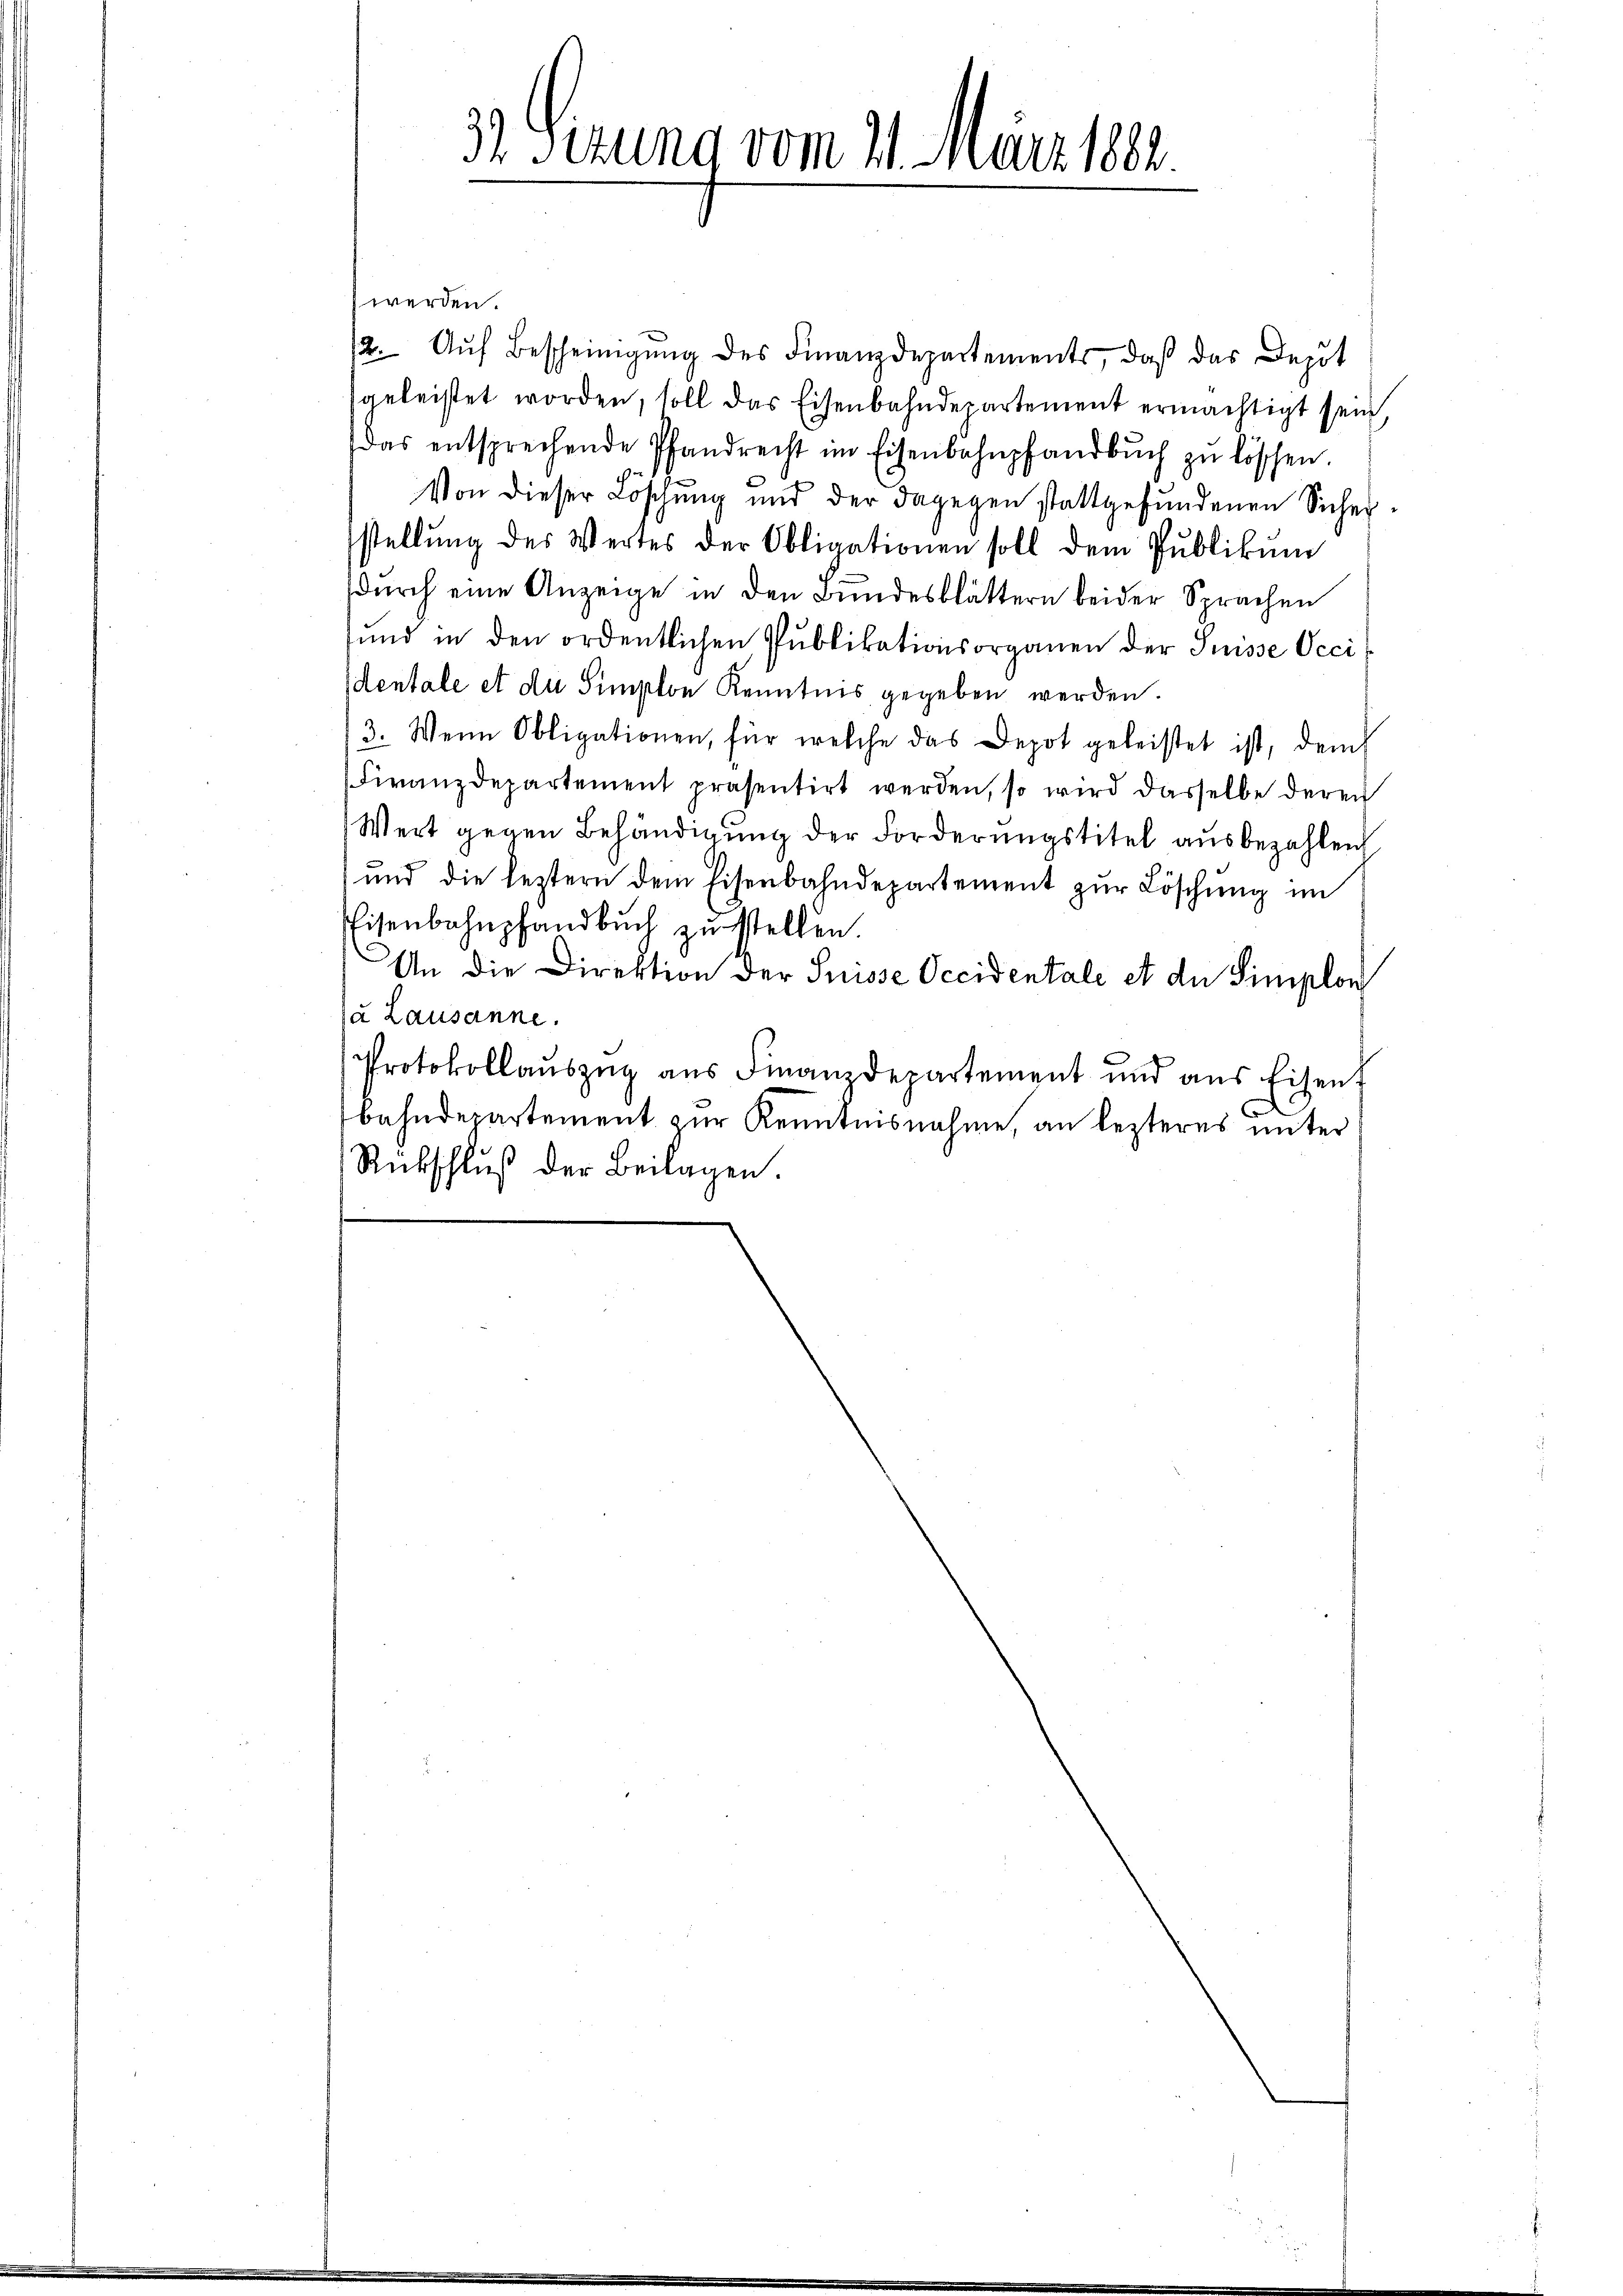
werden.
12. Aŭf Bescheinigŭng des Finanzdepartements, daß das Deput
geleistet worden, soll das Eisenbahndepartement ermächtigt sein,
das entsprechende Pfandrecht im Eisenbahnpfandbŭch zŭ lössen.
Von dieser Löschung und der dagegen stattgefundenen Sicher-
stellŭng des Wertes der Obligationen soll dem Pŭblikŭm
durch eine Anzeige in den Bundesblättern beider Sprachen
und in den ordentlichen Pŭblikationsorganen der Suisse Occi
dentale et du Simplon Kenntnis gegeben werden.
3. Wenn Obligationen, für welche das Depot geleistet ist, dem
Finanzdepartement präsentirt werden, so wird dasselbe deren
Wert gegen Behändigung der Forderungstitel ausbezahlen
und die leztern dem Eisenbahndepartement zŭr Löschung im
Eisenbahnpfandbuch zu stellen.
An die Direktion der Suisse Occidentale et die Simplon
Da Lausanne.
Protokollaŭszŭg aŭs Finanzdepartement und aus Eisen.
n
bahndepartement zur Kenntnisnahme, an lezteres unter
Rückschlŭβ der Beilagen.

Sizung vom 21. März 1891